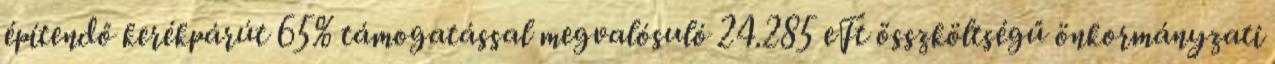
építendő kerékpárút 65% támogatással megvalósuló 24.285 eFt összköltségű önkormányzati